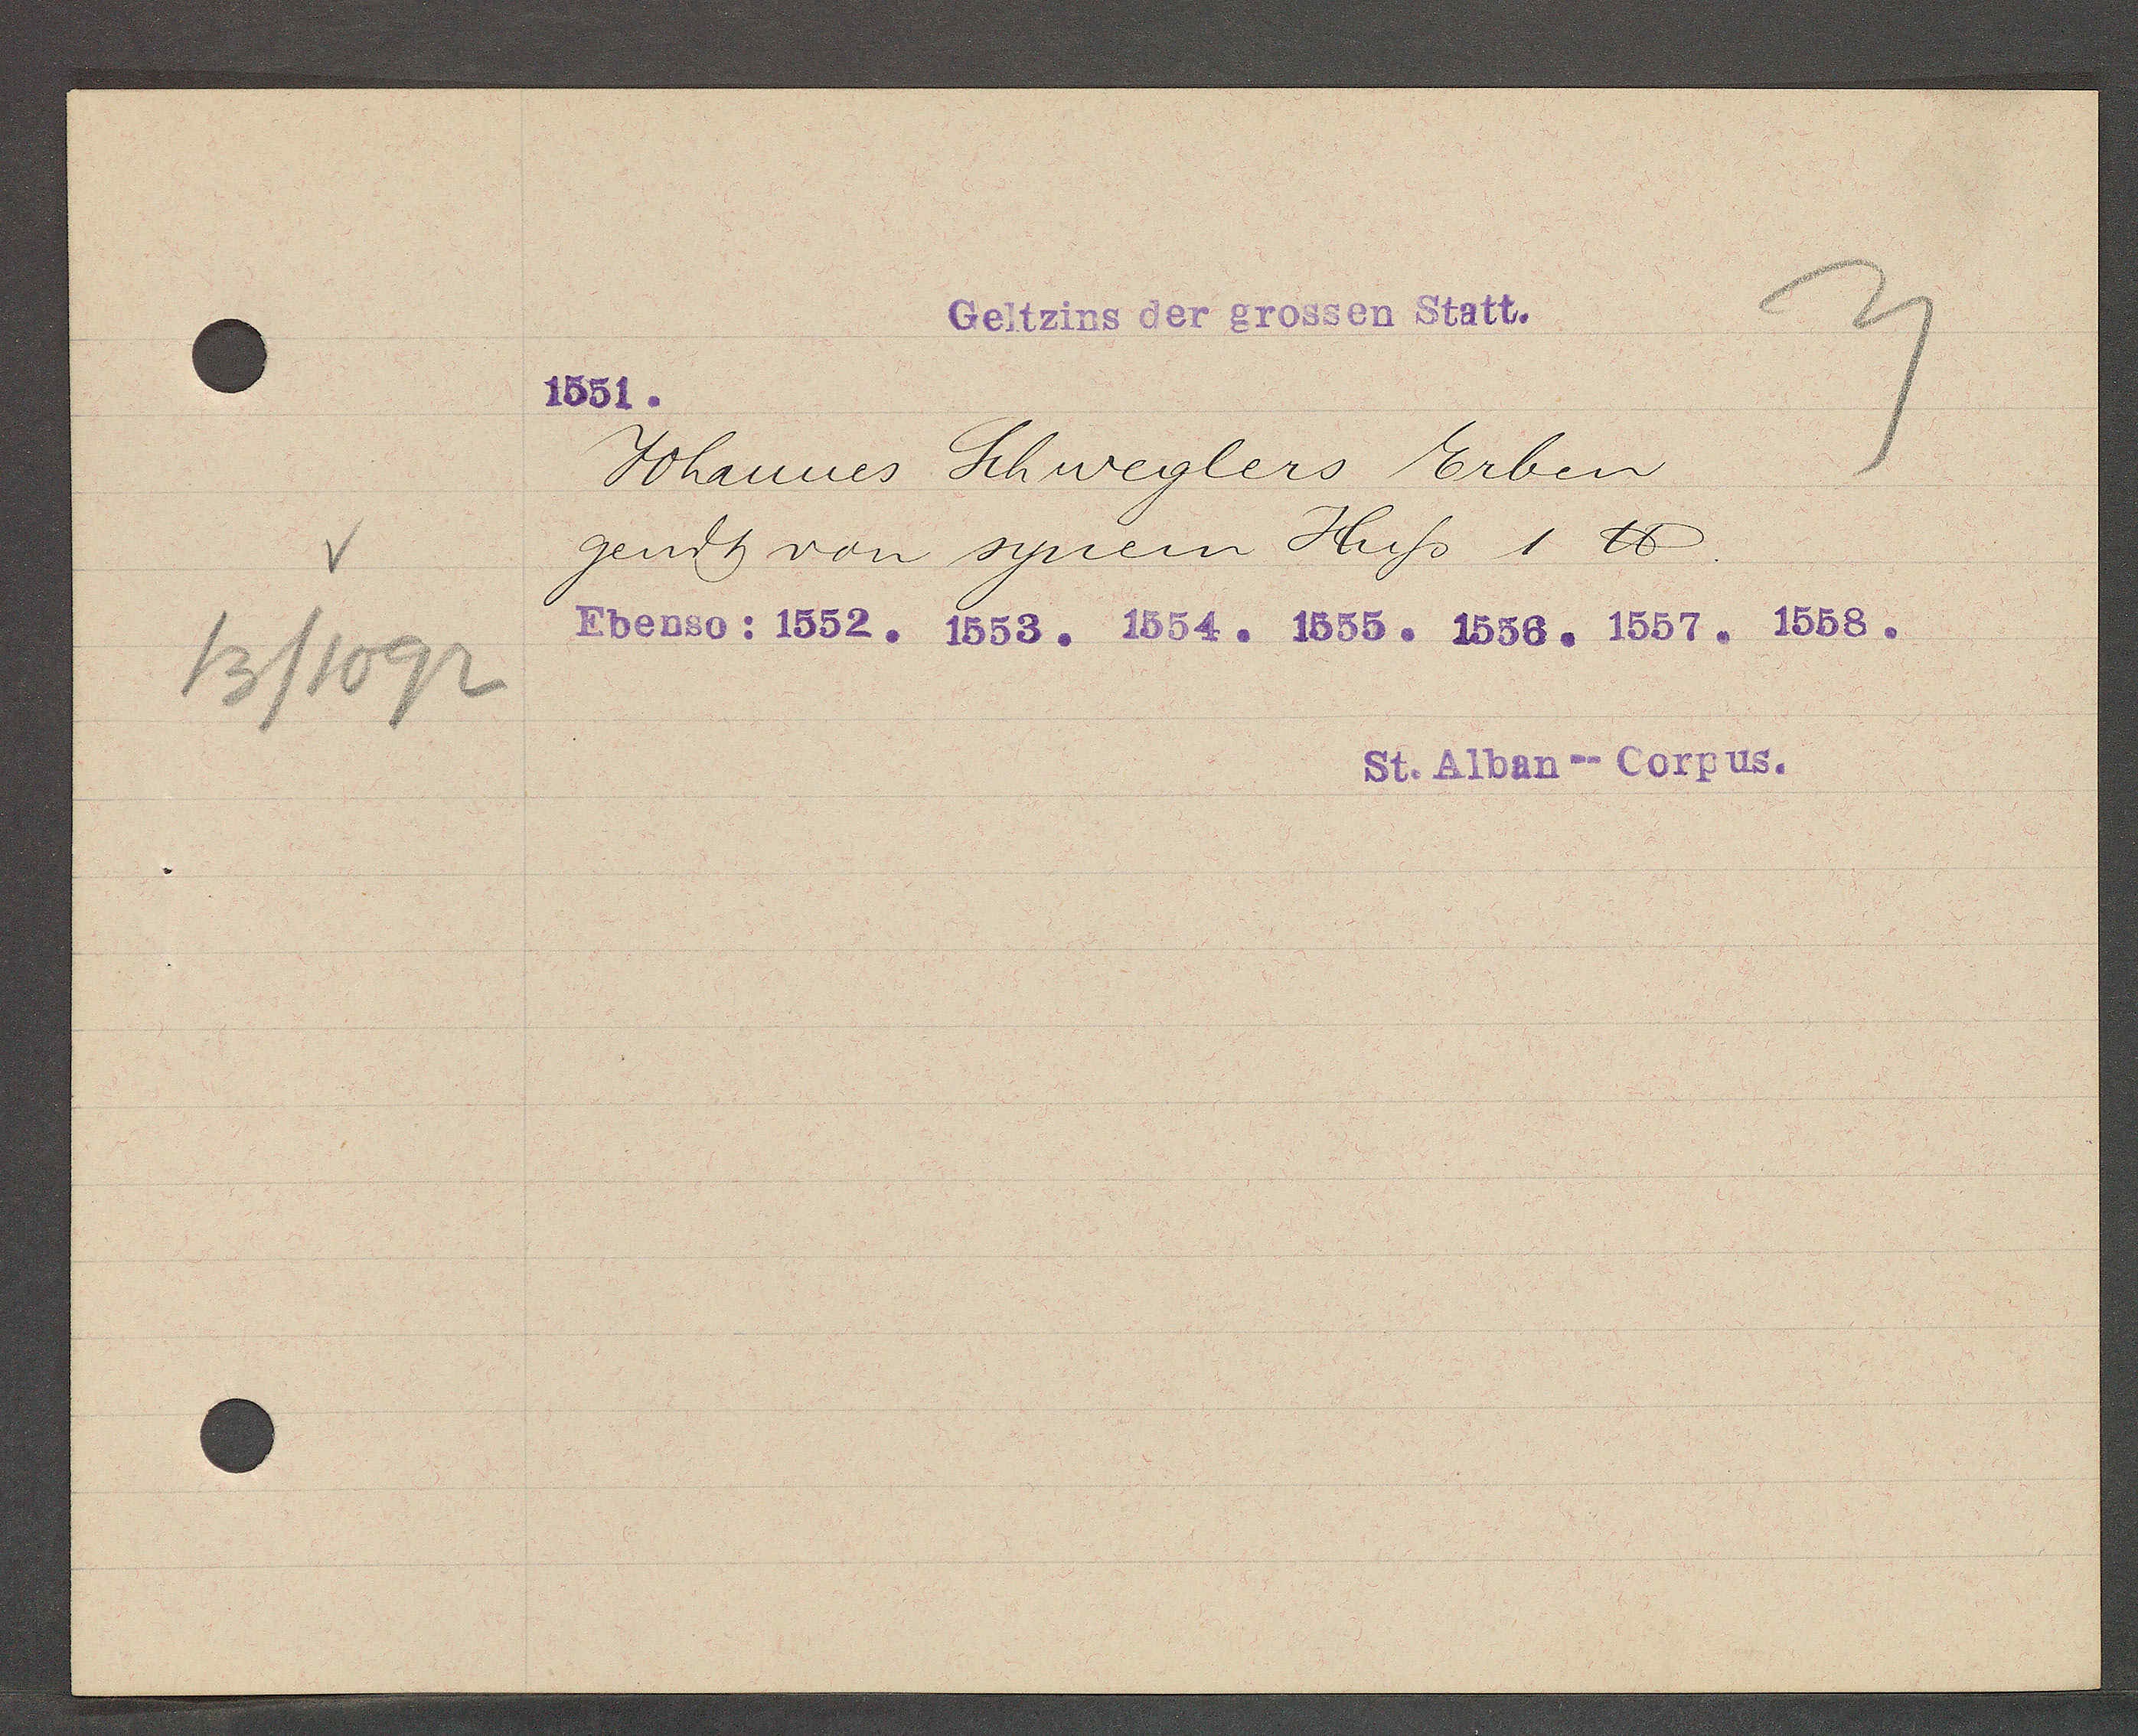
Transcript:
13/1092

Geltzins der grossen Statt.

1551.
Johannes Schweglers Erben
gendt von synem Hus 1 ℔.
Ebenso: 1552. 1553. 1554. 1555. 1556. 1557. 1558.

St. Alban--Corpus.